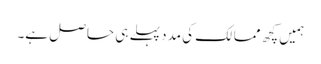
ہمیں کچھ ممالک کی مدد پہلے ہی حاصل ہے۔